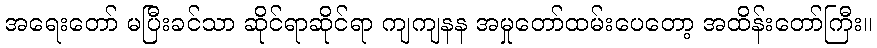
အရေးတော် မပြီးခင်သာ ဆိုင်ရာဆိုင်ရာ ကျကျနန အမှုတော်ထမ်းပေတော့ အထိန်းတော်ကြီး။